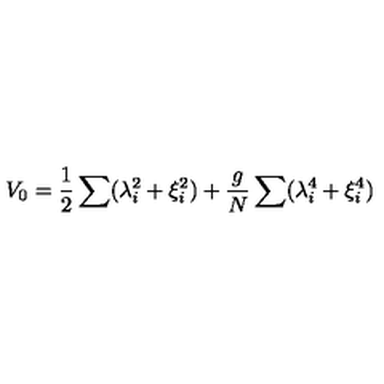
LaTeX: V _ { 0 } = { \frac { 1 } { 2 } } \sum ( \lambda _ { i } ^ { 2 } + \xi _ { i } ^ { 2 } ) + { \frac { g } { N } } \sum ( \lambda _ { i } ^ { 4 } + \xi _ { i } ^ { 4 } )